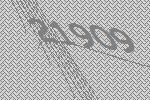
21909